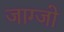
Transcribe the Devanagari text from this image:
जाग्जो